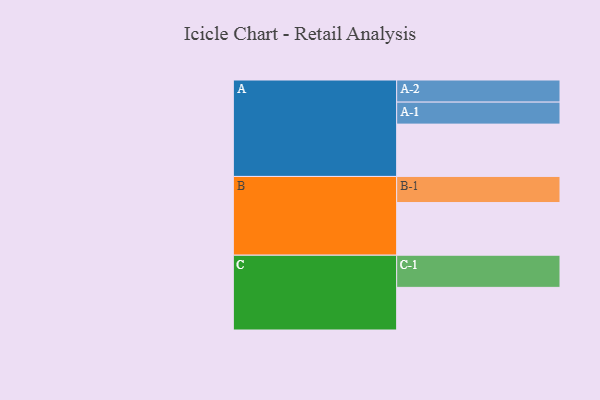
{"axis": {"x": "Segment", "y": "Value"}, "legend": ["", "A", "B", "C"], "data": [{"x": "A", "y": 459, "type": ""}, {"x": "B", "y": 462, "type": ""}, {"x": "C", "y": 374, "type": ""}, {"x": "A-1", "y": 193, "type": "A"}, {"x": "A-2", "y": 194, "type": "A"}, {"x": "B-1", "y": 229, "type": "B"}, {"x": "C-1", "y": 282, "type": "C"}]}